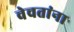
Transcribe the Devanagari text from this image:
वेचतांना